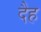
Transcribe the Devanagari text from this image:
दैह